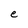
Character: e